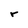
Character: r